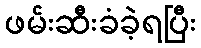
ဖမ်းဆီးခံခဲ့ရပြီး